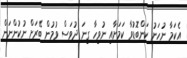
އެކަމާ ނުހަނު ކަންބޮޑުވާ ކަމަށާއި ނުވިހާ ގިނަ ދުވަސް ވުމުން ބޭރަށް ނުކުންނަން